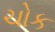
ચોક